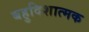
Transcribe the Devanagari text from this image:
बहुदिशात्मक